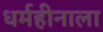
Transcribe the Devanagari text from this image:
धर्महीनाला